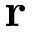
\mathbf { r }